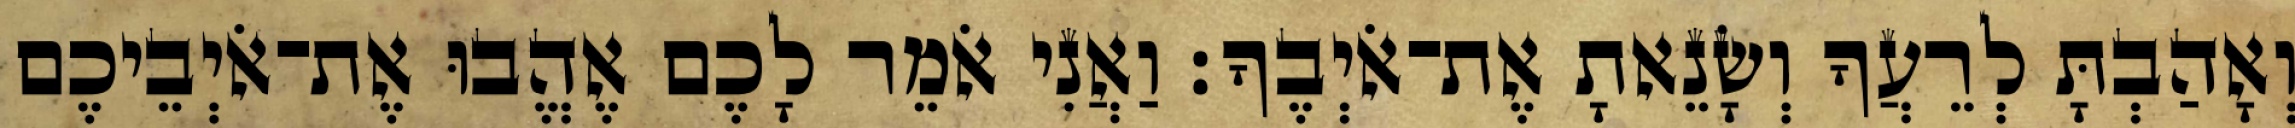
וְאָהַבְתָּ לְרֵעֲךָ וְשָׂנֵאתָ אֶת־אֹיְבֶךָ׃ וַאֲנִי אֹמֵר לָכֶם אֶהֱבוּ אֶת־אֹיְבֵיכֶם